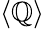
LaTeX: \langle{\mathbb{Q}}\rangle